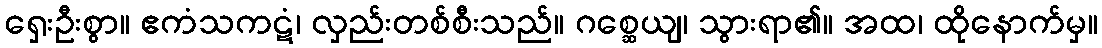
ရှေးဦးစွာ။ ဧကံသကဋံ၊ လှည်းတစ်စီးသည်။ ဂစ္ဆေယျ၊ သွားရာ၏။ အထ၊ ထိုနောက်မှ။